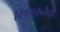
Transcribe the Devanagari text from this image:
विषरक्ततेची